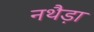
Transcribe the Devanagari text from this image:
नथैड़ा